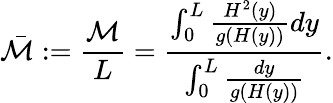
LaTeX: \bar{\mathcal{M}}:=\frac{\mathcal{M}}{L}=\frac{\int_{0}^{L}{\frac{H^{2}(y)}{g(H(y))}dy}}{\int_{0}^{L}{\frac{dy}{g(H(y))}}}.